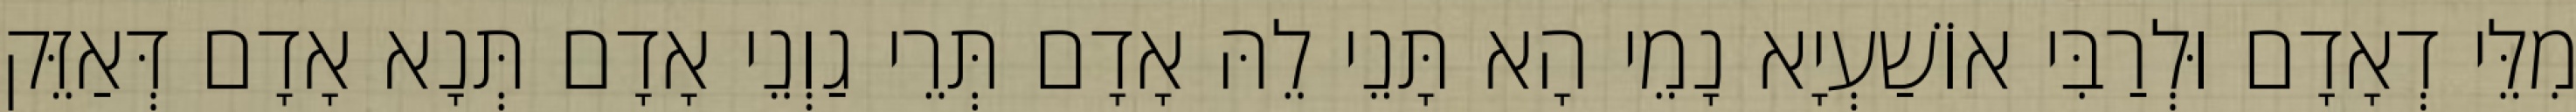
מִלֵּי דְאָדָם וּלְרַבִּי אוֹשַׁעְיָא נָמֵי הָא תָּנֵי לֵהּ אָדָם תְּרֵי גַוְנֵי אָדָם תְּנָא אָדָם דְּאַזֵּק